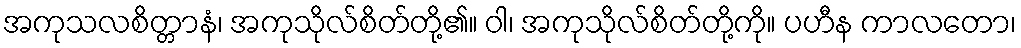
အကုသလစိတ္တာနံ၊ အကုသိုလ်စိတ်တို့၏။ ဝါ၊ အကုသိုလ်စိတ်တို့ကို။ ပဟီန ကာလတော၊